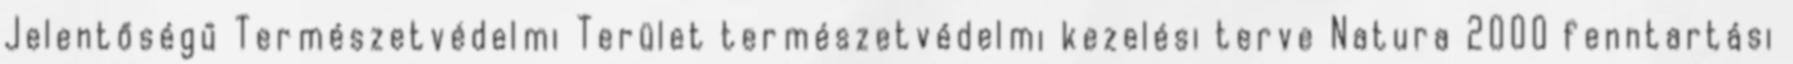
Jelentőségű Természetvédelmi Terület természetvédelmi kezelési terve Natura 2000 fenntartási